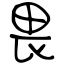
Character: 畏